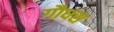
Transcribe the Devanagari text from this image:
गौधस